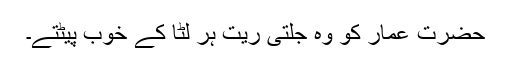
حضرت عمارؓ کو وہ جلتی ریت ہر لٹا کے خوب پیٹتے۔